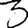
Digit: 3